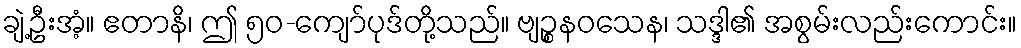
ချဲ့ဦးအံ့။ ဧတာနိ၊ ဤ ၅၀-ကျော်ပုဒ်တို့သည်။ ဗျဉ္စနဝသေန၊ သဒ္ဒါ၏ အစွမ်းလည်းကောင်း။